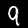
Digit: 9